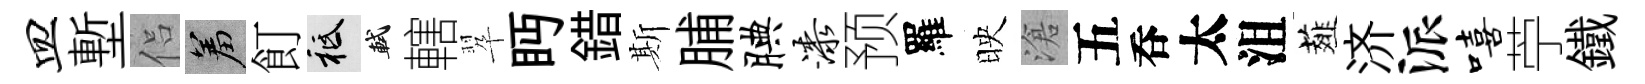
皿塹侣羞飣祇軾轄翆眄錯斯脯腆漆预羅映滄五呑太沮薤济派嘻苧鐵